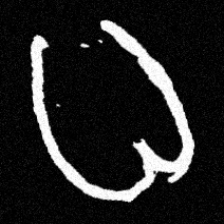
Pyu character \u2014 Myanmar letter: ဓ (romanized: dha)